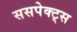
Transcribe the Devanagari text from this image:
ससपेक्ट्स